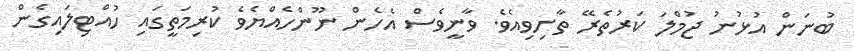
ބުނަން އުޅުނު ޖުމްލަ ކަރުތެރޭ ތާށިވިއެވެ. ވާނީވެސް އެހެން ނޫންހެއްޔެވެ ކުރިމަތީގައި ހުއްޓިލައިގެން